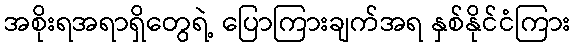
အစိုးရအရာရှိတွေရဲ့ ပြောကြားချက်အရ နှစ်နိုင်ငံကြား